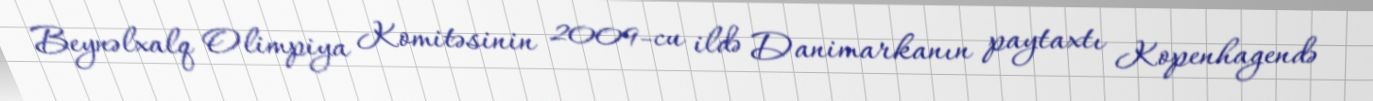
Beynəlxalq Olimpiya Komitəsinin 2009-cu ildə Danimarkanın paytaxtı Kopenhagendə